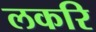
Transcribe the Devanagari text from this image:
लकरि